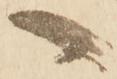
へ